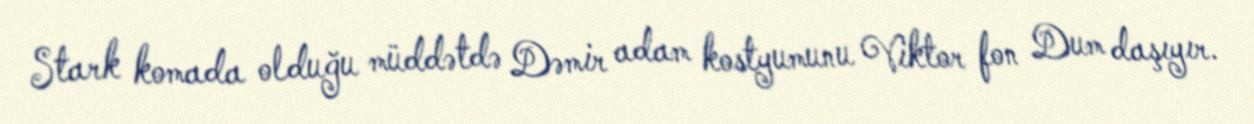
Stark komada olduğu müddətdə Dəmir adam kostyumunu Viktor fon Dum daşıyır.